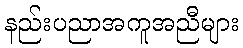
နည်းပညာအကူအညီများ